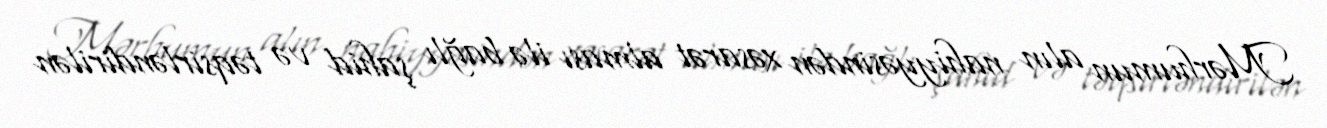
Mərhumun alın nahiyyəsindən xəsarət alması ilə bağlı şahid və təqsirləndirilən